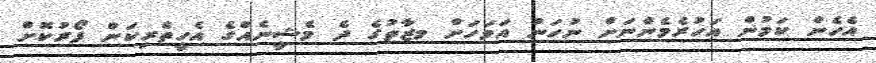
އެހެން ކަމުން އަހުރެމެންނަށް ނުހަނު އަވަހަށް މޒާތުގެ ދެ މެޝީނެއްގެ އެހީތެރިކަން ފޯރުކޮށް